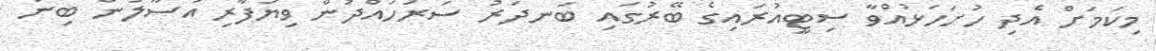
މިކަމަށް އެދި ހުށަހަޅުއްވާ ސިޓީއުރައިގެ ބޭރުގައި ބަނދަރު ސަރަހައްދުން ވިޔަފާރި އުސޫލުން ބިން